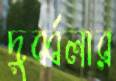
দুর্ব্বলার